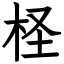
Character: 柽